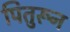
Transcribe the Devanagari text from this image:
पितुरून